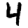
Digit: 4